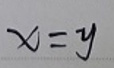
$x = y$